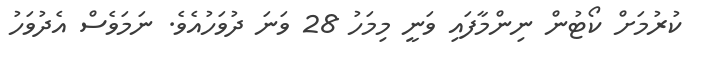
ކުރުމަށް ކޯޓުން ނިންމާފައި ވަނީ މިމަހު 28 ވަނަ ދުވަހުއެވެ. ނަމަވެސް އެދުވަހު